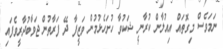
ނަމަވެސް މިގޮތައް އިއުލާން ކުރާނީ ޝަކުވާ ހުށަހެޅުމުން ވަޒީފާ ދޭ ފަރާތުން ޖަވާބުދާރީވެފައި